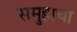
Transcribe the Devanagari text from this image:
समुहाचा